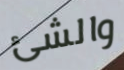
والشئ